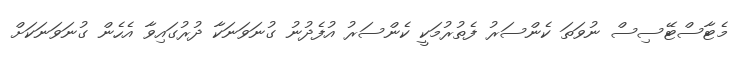
މެޓާސްޓޭސިސް ނުވަތަ ކެންސަރު ފެތުރުމަކީ ކެންސަރު އުފެދުނު ގުނަވަނަކާ ދުރުގައިވާ އެހެން ގުނަވަނަކަށް